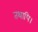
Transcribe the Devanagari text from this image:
तथापि।